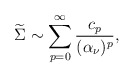
\begin{align*}{\widetilde \Sigma} \sim \sum_{p=0}^{\infty}{c_{p}\over (\alpha_{\nu})^{p}},\end{align*}